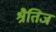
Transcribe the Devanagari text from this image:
श्रैतिज